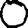
Digit: 0